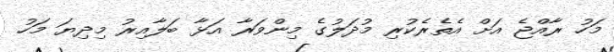
މަހު ރާއްޖެ އަށް އެތެރެކުރި މުދަލުގެ މިންވަރާ އަޅާ ބަލާއިރު މިދިޔަ މަހު